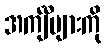
အင်္ကျီများကို